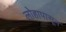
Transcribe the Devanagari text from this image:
लोहापासून